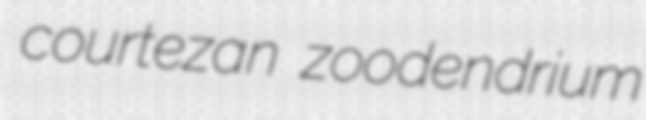
courtezan zoodendrium